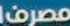
مصرف